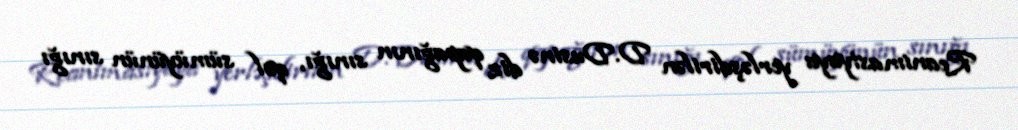
Reanimasiyaya yerləşdirilən D.Dusinə diz qapağının sınığı, qol sümüyünün sınığı